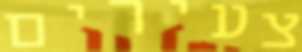
צעירים